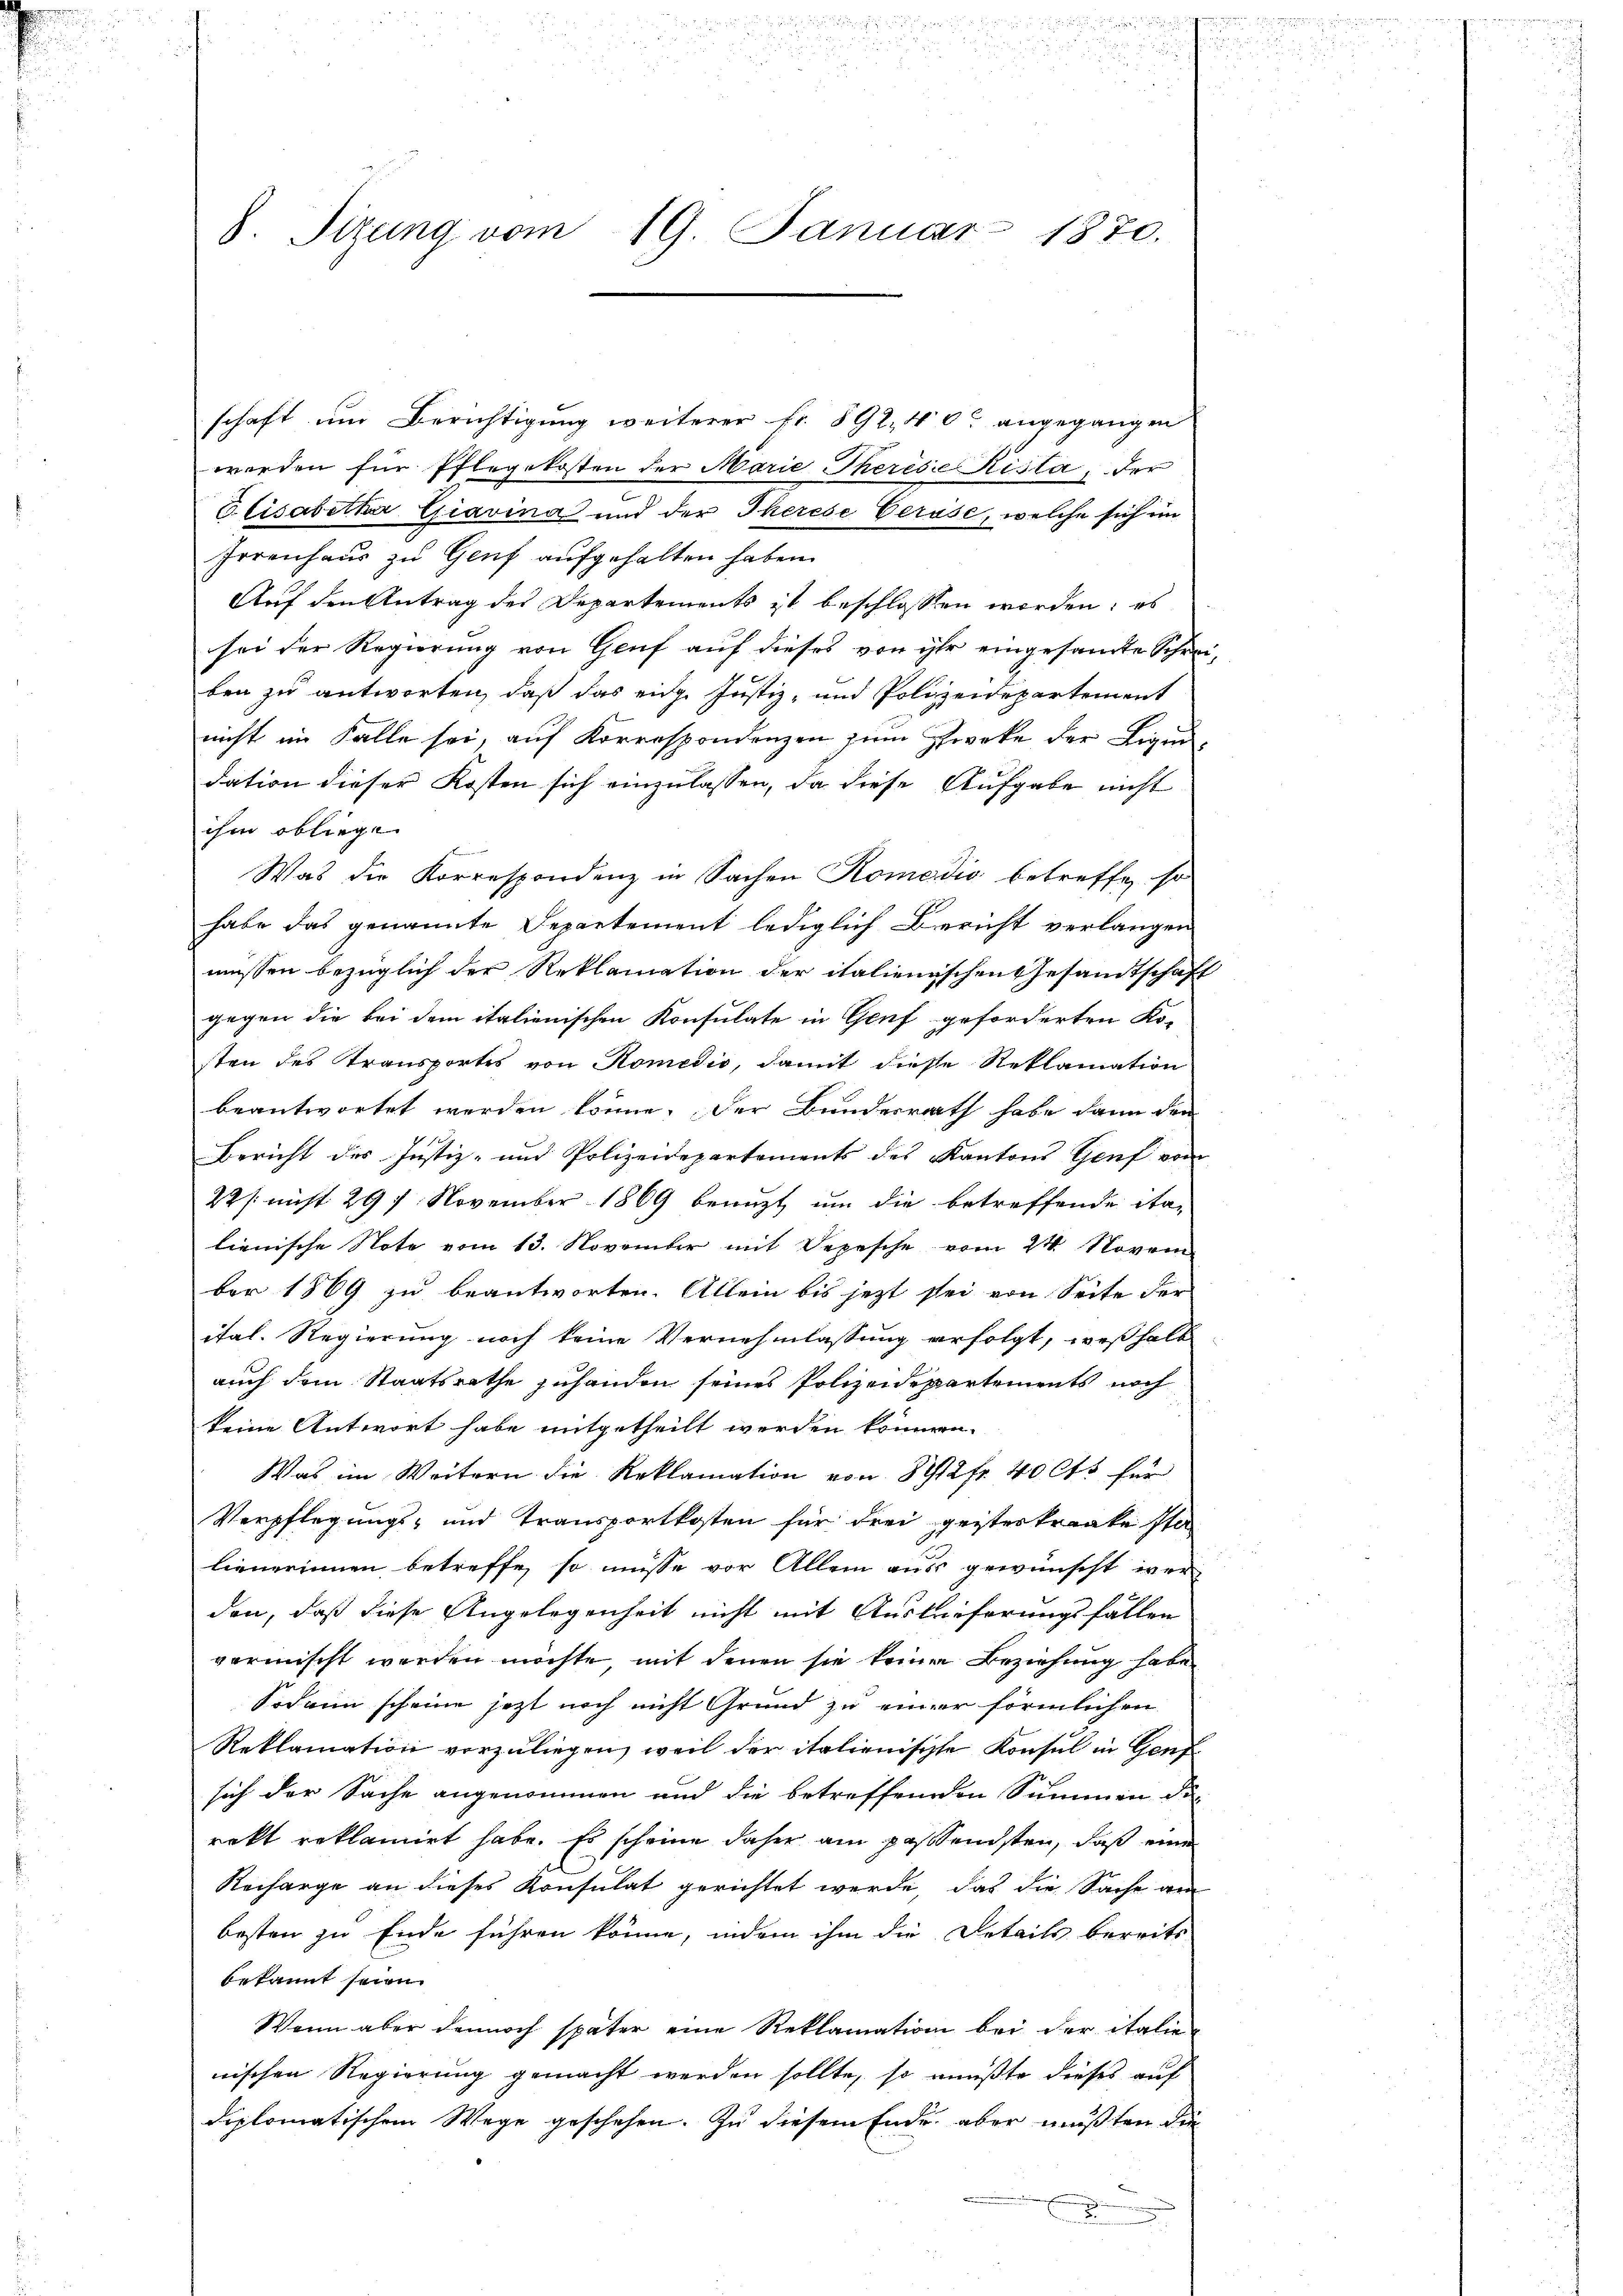
8. Sizung vom 19. Januar 1870.

schaft um Berichtigung weiterer Fr. 892. 40 angegangen
werden für Pflegekosten der Marie Theresie Kisla, der
Elisabetha Giavina und der Therese Gerase, welche sich im
Irrenhaus zu Genf aufgehalten haben.
Auf den Antrag des Departements ist beschlossen werden; es
sei der Regierung von Genf auf dieses von ihr eingesamte Schreiben zu antworten, daß das eidg. Justiz- und Polizeidepartement
nicht im Falle sei, auf Korrespondenzen zum Zweke der Ligendation dieser Kosten sich einzulassen, da diese Aufgabe nicht
ihm obliege
Was die Korrespondenz in Sachen Komedio betreffe, so
habe das genannte Departement lediglich Bericht verlangen
müssen bezüglich der Reklamation der italienischen Gesandtschaft
gegen die bei dem italienischen Konsulate in Genf geforderten Ko-
sten des Transportes von Komedio, damit diese Reklamation
beantwortet werden könne, der Bundesrath habe dann von
Bericht des Justiz- und Polizeidepartements des Kantons Genf von
22 / nicht 297 November 1869 benuzt um die betreffende ita-
lienische Note vom 13. November mit Depesche vom 24. Novem
ber 1869 zu beantworten. Allein bis jezt sei von Seite der
ital. Regierung noch keine Vernehmlassung erfolgt, weßhalb
auch dem Staatsrathe zuhanden seines Polizeidepartements noch
keine Antwort habe mitgetheilt werden können.
Was im Weitern die Reklamation von 8412 fr. 40 Cts für
Verpflegungs- und Transportkosten für drei geisteskranke sta
lienerinnen, betreffe, so müsse vor Allem aus gewünscht wer-
den, daß diese Angelegenheit nicht mit Auslieferungsfällen
vormischt werden möchte, mit denen sie keiner Beziehung habe
Sodann scheine jezt noch nicht Grund zu einer förmlichen
Reklamation vorzuliegen, weil der italienischte Konsul in Genf
sich der Sache angenommen und die betreffenden Summen die
rekt reklamirt habe. Es scheine daher ain passendsten, daß eine
l
Recharge an dieses Konsulat gerichtet werde, das die Sache am
besten zu Ende führen könne, indem ihm die Details bereits
bekannt seien.
Wenn aber dennoch später eine Reklamation bei der italien
nischen Regierung gemacht werden sollte, so müßte dieses auf
diplomatischem Wege geschehen. Zu diesem Ende aber mußten die
.